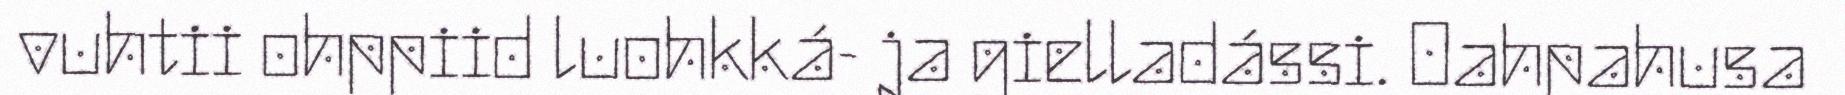
vuhtii ohppiid luohkká- ja gielladássi. Oahpahusa